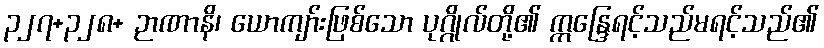
၃၂၇+၃၂၈+ ဉာဏာနိ၊ ယောကျာ်းဖြစ်သော ပုဂ္ဂိုလ်တို့၏ ဣန္ဒြေရင့်သည်မရင့်သည်၏